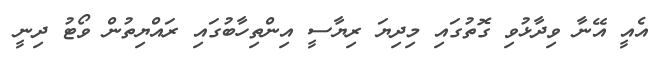
އެއީ އޭނާ ވިދާޅުވި ގޮތުގައި މިދިޔަ ރިޔާސީ އިންތިހާބުގައި ރައްޔިތުން ވޯޓު ދިނީ